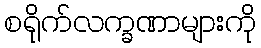
စရိုက်လက္ခဏာများကို